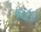
જફા